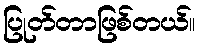
ပြုတ်တာဖြစ်တယ်။